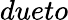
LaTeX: dueto